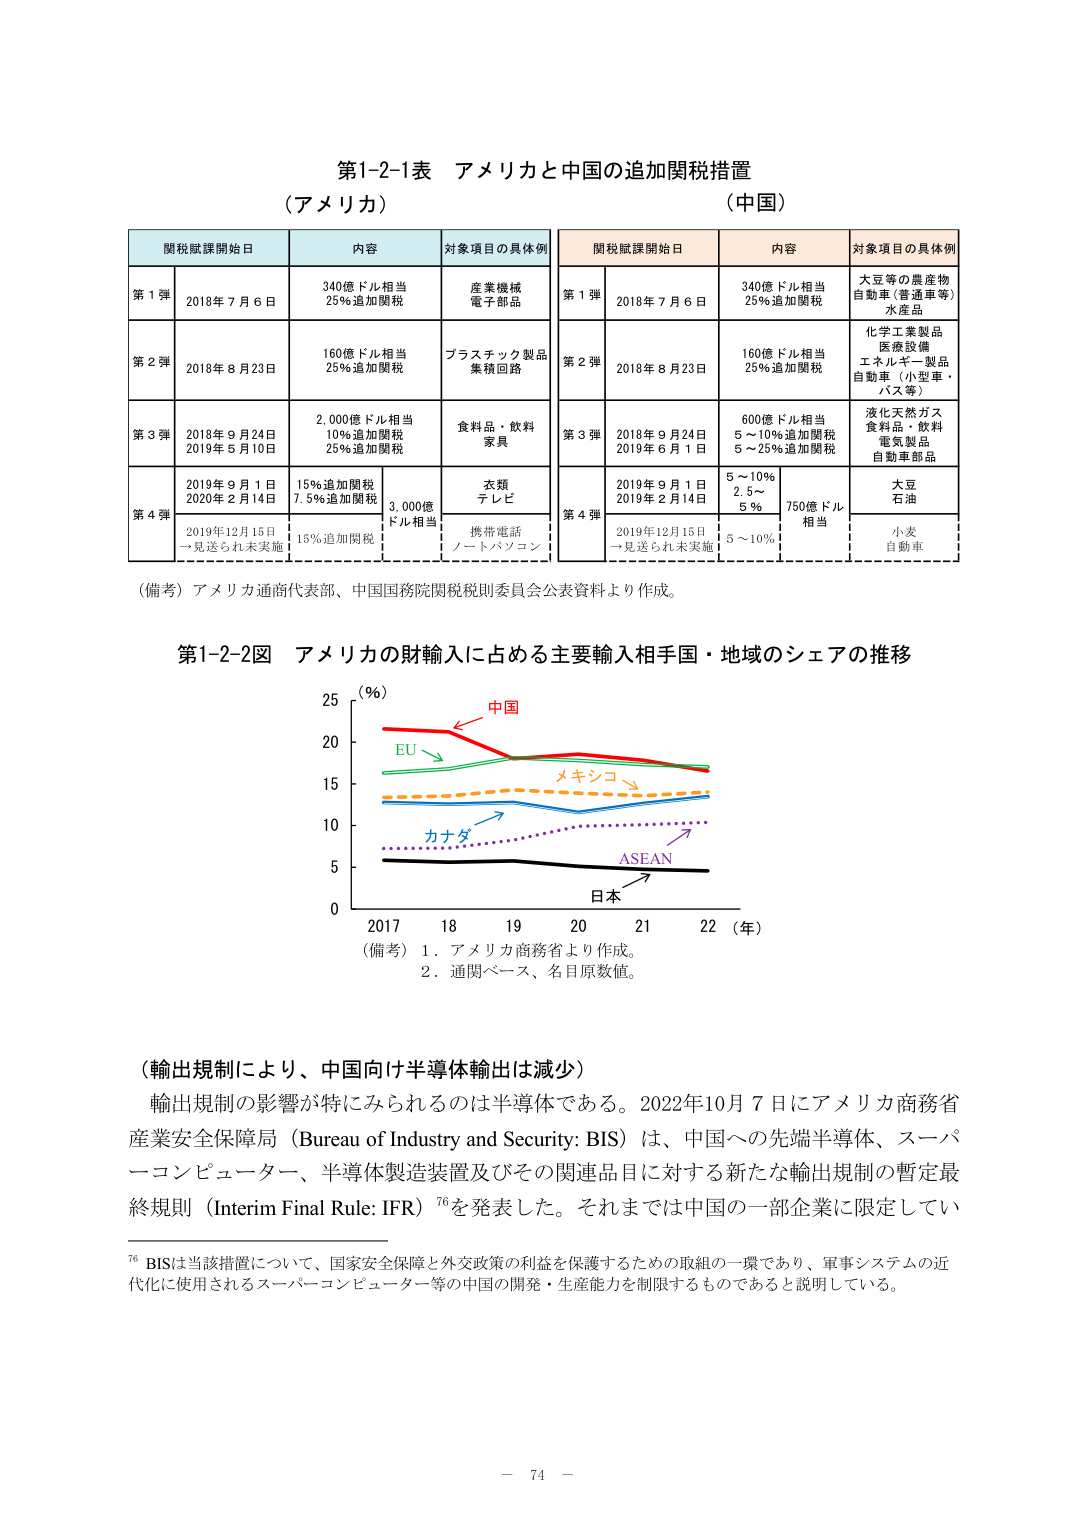
第1-2-1表 アメリカと中国の追加関税措置
（アメリカ）
（中国）

関税賦課開始日　内容　対象項目の具体例
第1弾　2018年7月6日　340億ドル相当　25%追加関税　産業機械　電子部品
第2弾　2018年8月23日　160億ドル相当　25%追加関税　プラスチック製品　集積回路
第3弾　2018年9月24日　2019年5月10日　2,000億ドル相当　10%追加関税　25%追加関税　食料品・飲料　家具
第4弾　2019年9月1日　2020年2月14日　15%追加関税　7.5%追加関税　3,000億ドル相当　衣類　テレビ
　　　2019年12月15日　一見送られ未実施　15%追加関税　携帯電話　ノートパソコン

関税賦課開始日　内容　対象項目の具体例
第1弾　2018年7月6日　340億ドル相当　25%追加関税　大豆等の農産物　自動車（普通車等）　水産品
第2弾　2018年8月23日　160億ドル相当　25%追加関税　化学工業製品　医療設備　エネルギー製品　自動車（小型車・バス等）
第3弾　2018年9月24日　2019年6月1日　600億ドル相当　5～10%追加関税　5～25%追加関税　液化天然ガス　食料品・飲料　電気製品　自動車部品
第4弾　2019年9月1日　2019年2月14日　5～10%　2.5～5%　750億ドル相当　大豆　石油
　　　2019年12月15日　一見送られ未実施　5～10%　小麦　自動車

（備考）アメリカ通商代表部、中国国務院関税税則委員会公表資料より作成。

第1-2-2図 アメリカの財輸入に占める主要輸入相手国・地域のシェアの推移

（%）
25
20　中国
15　EU　メキシコ
10　カナダ　ASEAN
5
0
2017　18　19　20　21　22（年）

（備考）1．アメリカ商務省より作成。
　　　2．通関ベース、名目原数値。

（輸出規制により、中国向け半導体輸出は減少）
輸出規制の影響が特にみられるのは半導体である。2022年10月7日にアメリカ商務省産業安全保障局（Bureau of Industry and Security: BIS）は、中国への先端半導体、スーパーコンピューター、半導体製造装置及びその関連品目に対する新たな輸出規制の暫定最終規則（Interim Final Rule: IFR）76を発表した。それまでは中国の一部企業に限定してい

76 BISは当該措置について、国家安全保障と外交政策の利益を保護するための取組の一環であり、軍事システムの近代化に使用されるスーパーコンピューター等の中国の開発・生産能力を制限するものであると説明している。

－ 74 －